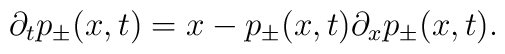
\partial_t p_{\pm}(x,t) = x - p_\pm(x,t) \partial_x p_\pm(x,t).